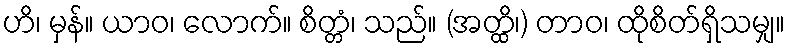
ဟိ၊ မှန်။ ယာဝ၊ လောက်။ စိတ္တံ၊ သည်။ (အတ္ထိ၊) တာဝ၊ ထိုစိတ်ရှိသမျှ။